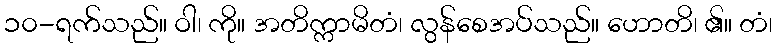
၁၀-ရက်သည်။ ဝါ၊ ကို။ အတိက္ကာမိတံ၊ လွန်စေအပ်သည်။ ဟောတိ၊ ၏။ တံ၊